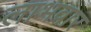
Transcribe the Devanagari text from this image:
लाभवार